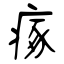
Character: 瘃